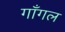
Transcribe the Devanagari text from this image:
गाँगल